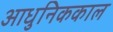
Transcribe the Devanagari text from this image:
आधुनिककाल